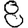
Digit: 8